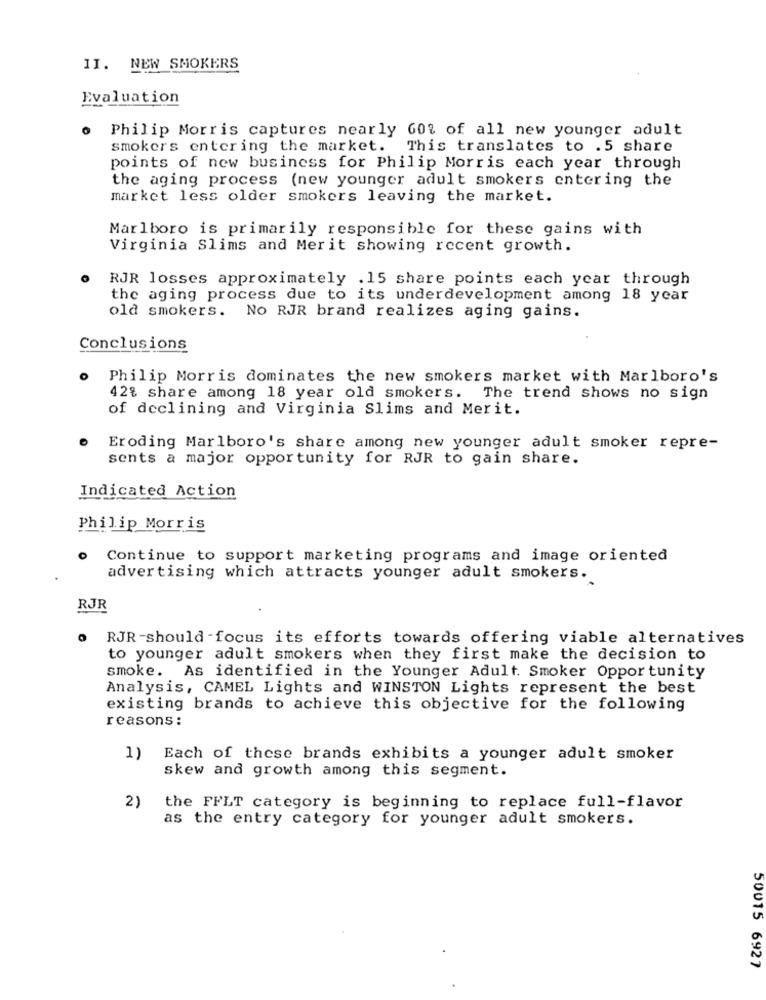
II. NEW SMOKERS
Evaluation
Philip Morris captures nearly 60% of all new younger adult
smokers entering the market. This translates to . 5 share
points of new business for Philip Morris each year through
the aging process (new younger adult smokers entering the
market less older smokers leaving the market.
Marlboro is primarily responsible for these gains with
Virginia Slims and Merit showing recent growth.
RJR losses approximately .15 share points each year through
the aging process due to its underdevelopment among 18 year
old smokers. No RJR brand realizes aging gains.
Conclusions
Philip Morris dominates the new smokers market with Marlboro's
42% share among 18 year old smokers. The trend shows no sign
of declining and Virginia Slims and Merit.
Eroding Marlboro's share among new younger adult smoker repre-
sents a major opportunity for RJR to gain share.
Indicated Action
Philip Morris
0
Continue to support marketing programs and image oriented
advertising which attracts younger adult smokers.
RJR
RJR-should -focus its efforts towards offering viable alternatives
to younger adult smokers when they first make the decision to
smoke. As identified in the Younger Adult. Smoker Opportunity
Analysis, CAMEL Lights and WINSTON Lights represent the best
existing brands to achieve this objective for the following
reasons :
Each of these brands exhibits a younger adult smoker
skew and growth among this segment.
2)
the FFLT category is beginning to replace full-flavor
as the entry category for younger adult smokers.
50015 6927